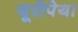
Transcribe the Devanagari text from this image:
यूरोपेया